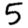
Digit: 5